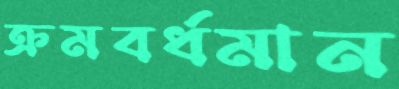
ক্রমবর্ধমান